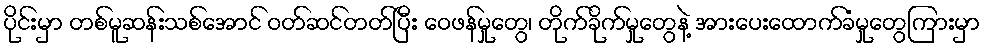
ပိုင်းမှာ တစ်မူဆန်းသစ်အောင် ဝတ်ဆင်တတ်ပြီး ဝေဖန်မှုတွေ၊ တိုက်ခိုက်မှုတွေနဲ့ အားပေးထောက်ခံမှုတွေကြားမှာ